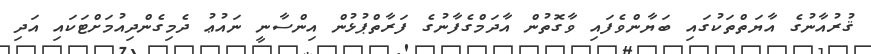
ޤުރުއާނުގެ އާޔަތްތަކުގައި ބަޔާންވެފައި ވާގޮތުން އާދަމްގެފާނުގެ ފަރާތްޕުޅުން އިންސާނީ ނައުޢު ދެމިގެންދިއުމަށްޓަކައި އަދި